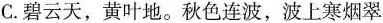
C. 碧云天，黄叶地。秋色连波，波上寒烟翠